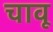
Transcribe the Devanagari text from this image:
चावू